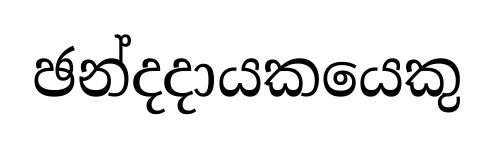
ඡන්දදායකයෙකු